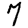
Digit: 7